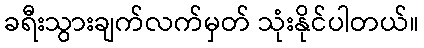
ခရီးသွားချက်လက်မှတ် သုံးနိုင်ပါတယ်။